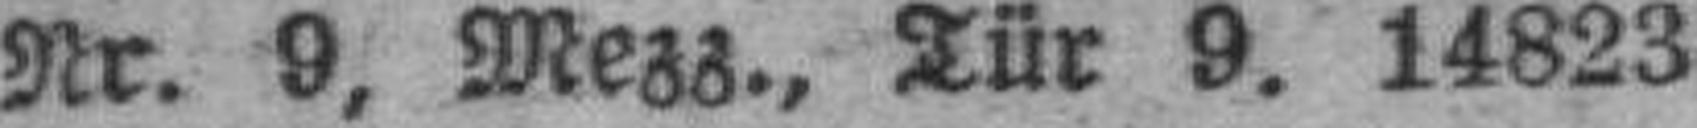
Nr. 9. Mezz., Tür 9. 14823